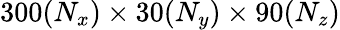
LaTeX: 300(N_{x})\times 30(N_{y})\times 90(N_{z})